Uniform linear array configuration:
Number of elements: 24
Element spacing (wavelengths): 0.25
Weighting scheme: cosine
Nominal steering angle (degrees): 15
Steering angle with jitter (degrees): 15.122
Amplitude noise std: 0.05
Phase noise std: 0.05

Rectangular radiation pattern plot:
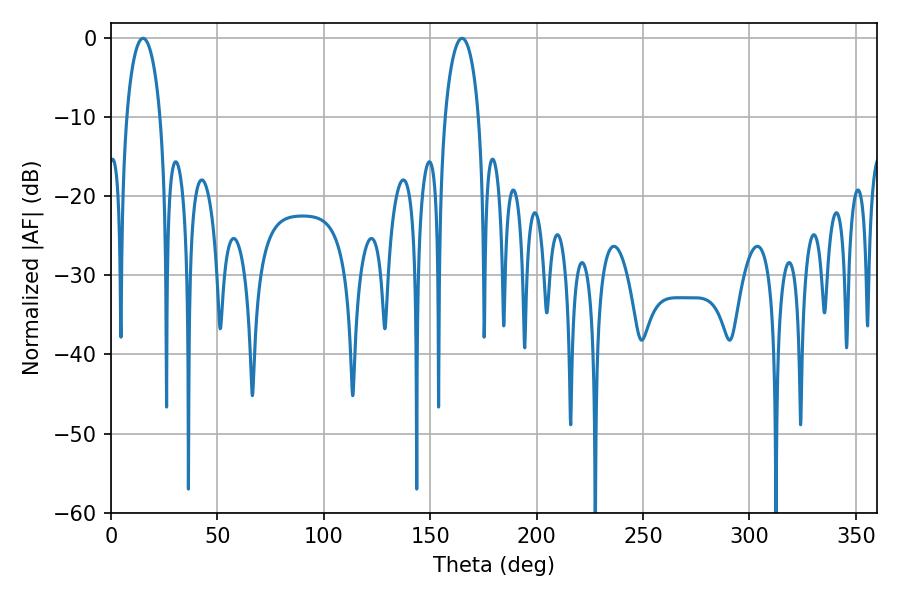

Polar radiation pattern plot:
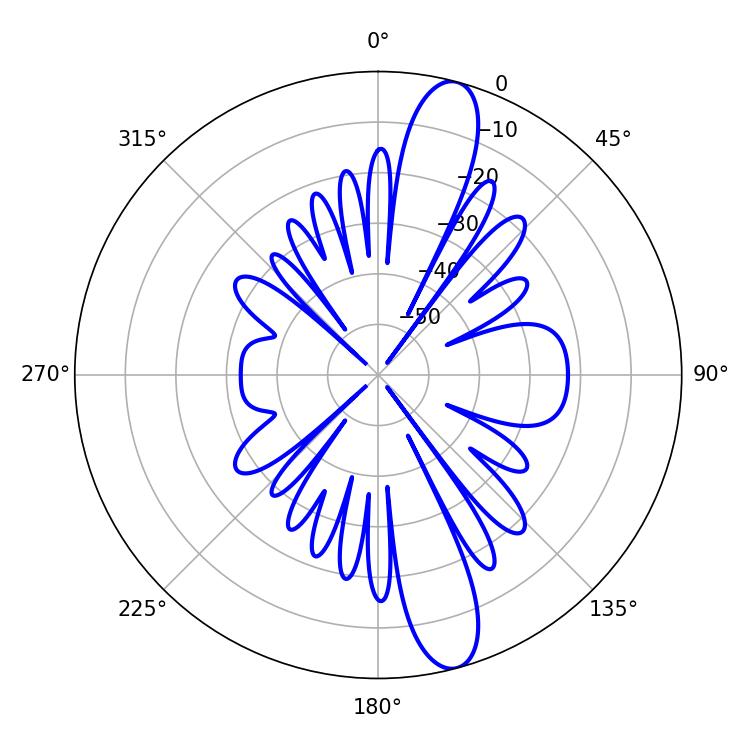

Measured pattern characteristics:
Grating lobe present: FALSE
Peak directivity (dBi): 13.34
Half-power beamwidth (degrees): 9
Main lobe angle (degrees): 15.12